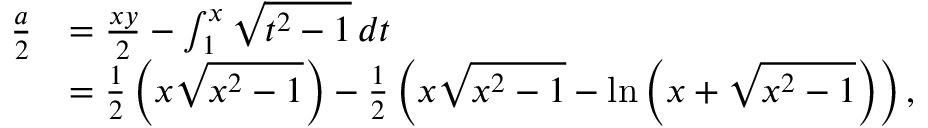
{ \begin{array} { r l } { { \frac { a } { 2 } } } & { = { \frac { x y } { 2 } } - \int _ { 1 } ^ { x } { \sqrt { t ^ { 2 } - 1 } } \, d t } \\ & { = { \frac { 1 } { 2 } } \left( x { \sqrt { x ^ { 2 } - 1 } } \right) - { \frac { 1 } { 2 } } \left( x { \sqrt { x ^ { 2 } - 1 } } - \ln \left( x + { \sqrt { x ^ { 2 } - 1 } } \right) \right) , } \end{array} }